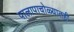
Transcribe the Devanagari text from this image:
पालापाचोळ्यातही